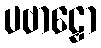
ပဗာဠှော